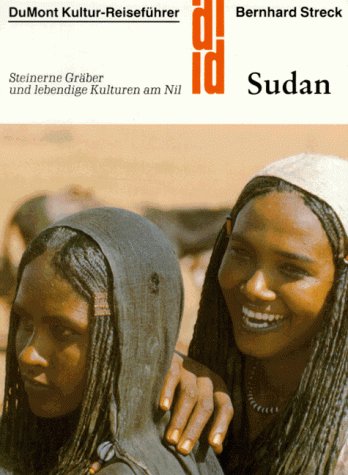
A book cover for Sudan: Steinerne Graber und lebendige Kulturen am Nil (DuMont Kultur-Reisefuhrer) (German Edition); Bernhard Streck; Travel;